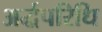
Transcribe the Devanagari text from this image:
अर्द्धपरिधि